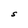
Character: S